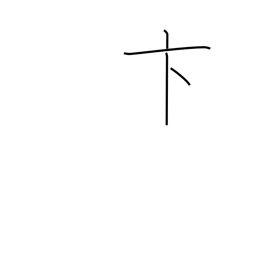
Meaning: hasty